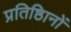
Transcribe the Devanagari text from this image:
प्रतिष्ठिानों